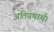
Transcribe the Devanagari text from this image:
अतियथार्थ।